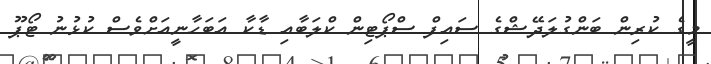
މީގެ ކުރިން ބަންގުލަދޭޝްގެ ސައިފް ސްޕޯޓިން ކްލަބާއި ޑާކާ އަބަހާނީއަށްވެސް ކުޅުނު ޓޯޕޫ